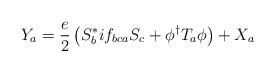
LaTeX: \begin{align*}Y_{a}=\frac{e}{2}\left( S^{*}_{b}if_{bca}S_{c}+\phi ^{\dagger }T_{a}\phi \right) +X_{a}\end{align*}